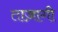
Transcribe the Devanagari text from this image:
ताज़ागी